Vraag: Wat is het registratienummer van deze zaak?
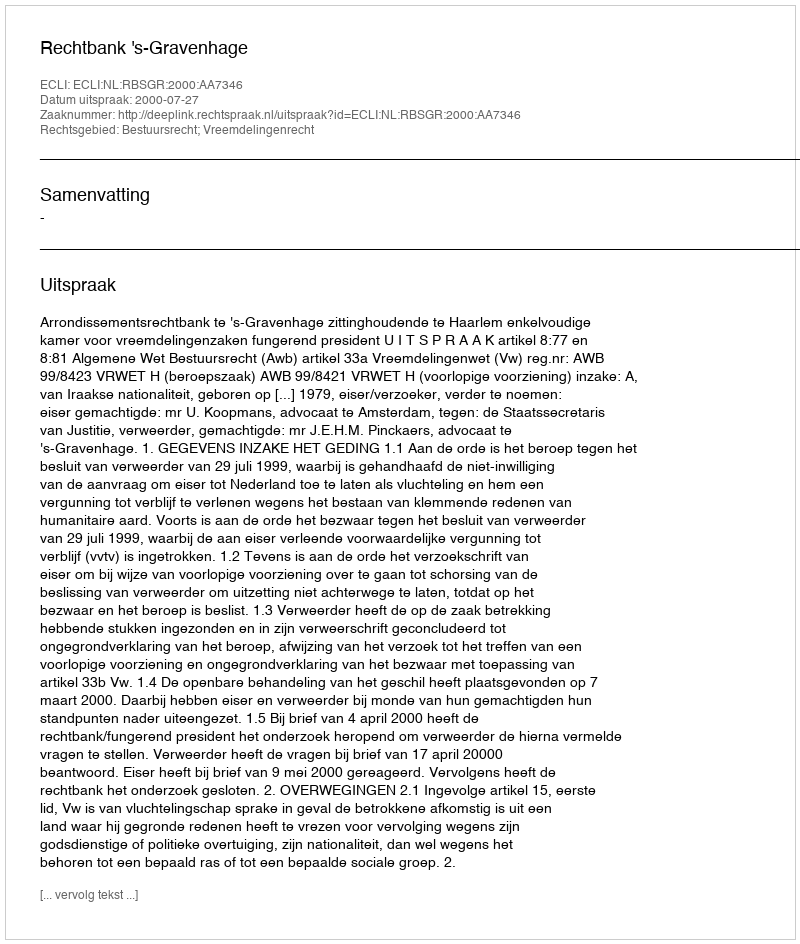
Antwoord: http://deeplink.rechtspraak.nl/uitspraak?id=ECLI:NL:RBSGR:2000:AA7346